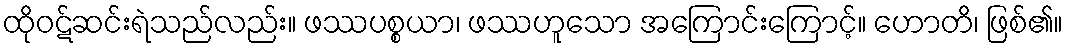
ထိုဝဋ်ဆင်းရဲသည်လည်း။ ဖဿပစ္စယာ၊ ဖဿဟူသော အကြောင်းကြောင့်။ ဟောတိ၊ ဖြစ်၏။